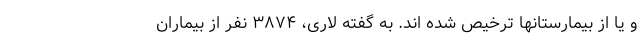
و یا از بیمارستانها ترخیص شده اند. به گفته لاری، ۳۸۷۴ نفر از بیماران